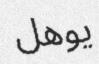
يوھل